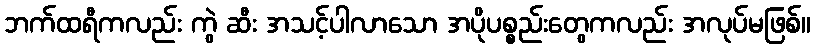
ဘက်ထရီကလည်း ကွဲ ဆီး အသင့်ပါလာသော အပိုပစ္စည်းတွေကလည်း အလုပ်မဖြစ်။